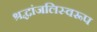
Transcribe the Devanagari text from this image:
श्रद्धांजलिस्वरूप